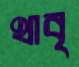
থাবৃ